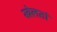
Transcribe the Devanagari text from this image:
खेलतां